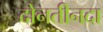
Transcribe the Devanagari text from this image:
दोनतीनदा